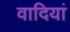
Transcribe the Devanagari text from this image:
वादियां